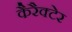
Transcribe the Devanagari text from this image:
कैरैक्टेर